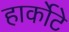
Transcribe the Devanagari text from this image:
हार्कोटे